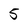
Character: 5